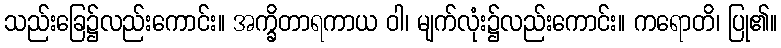
သည်းခြေ၌လည်းကောင်း။ အက္ခိတာရကာယ ဝါ၊ မျက်လုံး၌လည်းကောင်း။ ကရောတိ၊ ပြု၏။